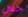
خلال